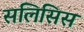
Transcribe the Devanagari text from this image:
सलिसिस